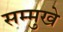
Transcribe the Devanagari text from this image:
सम्मुखे